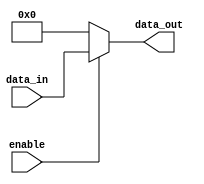
module conditional_assign (
    input enable,
    input [7:0] data_in,
    output reg [7:0] data_out
);

always @(*) begin
    if (enable) begin
        data_out = data_in;
    end else begin
        data_out = 8'h00; // default value when enable is not true
    end
end

endmodule